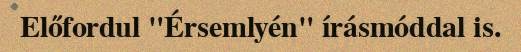
Előfordul "Érsemlyén" írásmóddal is.